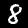
Label: 8